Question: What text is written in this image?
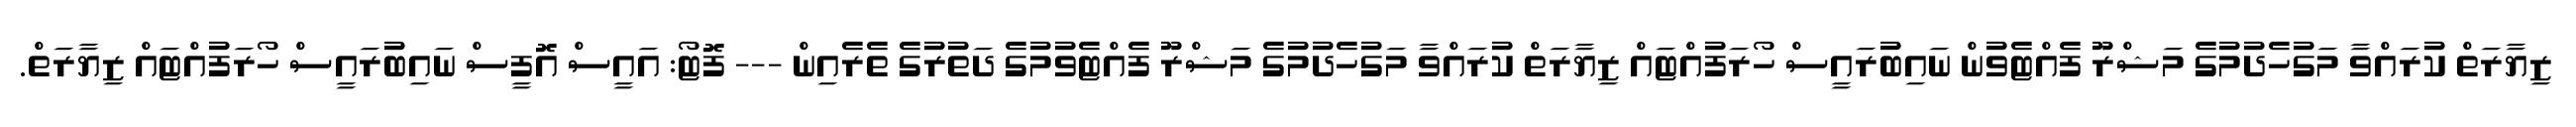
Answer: ޒިޔާރަތް ކުރައްވާ މަގުހެދުމުގެ މަޝްރޫ ފެއްޓެވުން ނައިބުރައީސް ހޯރަފުއްޓައް ޒިޔާރަތް ކުރައްވާ މަގުހެދުމުގެ މަޝްރޫ ފެއްޓެވުމުގެ ދަތުރުގެ ތެރެއިން --- ފޮޓޯ: އައީސް އޮފީސް ނައިބުރައީސް ހޯރަފުއްޓައް ޒިޔާރަތް.